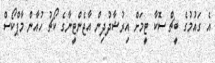
އެ ގައުމުގެ ބީޗް ސޮކާ ޓީމަށް އިރުޝާދުދިން އާޖެންޓީނާގެ ކޯޗު ހުއާން މާޕްކޯސް